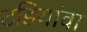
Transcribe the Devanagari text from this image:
टडियांवा